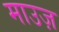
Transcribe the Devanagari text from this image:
माउज़